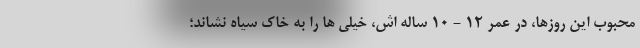
محبوب این روزها، در عمر ۱۲ - ۱۰ ساله اش، خیلی ها را به خاک سیاه نشاند؛